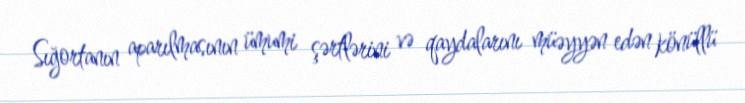
Sığortanın aparılmasının ümumi şərtlərini və qaydalarını müəyyən edən könüllü